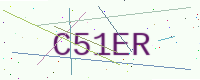
Text: C51ER